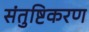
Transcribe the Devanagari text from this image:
संतुष्टिकरण